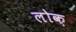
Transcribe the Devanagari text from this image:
लोक़